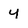
Character: y